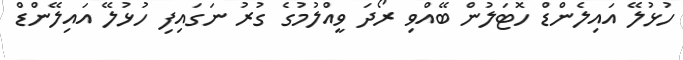
ހުޅުލޭ އައިލެންޑް ހޮޓަލުން ބޭއްވި ރޯދަ ވީއްލުމުގެ ގުރު ނަގައިފި ހުޅުލޭ އައިލޭންޑް